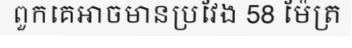
ពួកគេអាចមានប្រវែង 58 ម៉ែត្រ